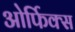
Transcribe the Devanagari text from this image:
ओर्फिक्स